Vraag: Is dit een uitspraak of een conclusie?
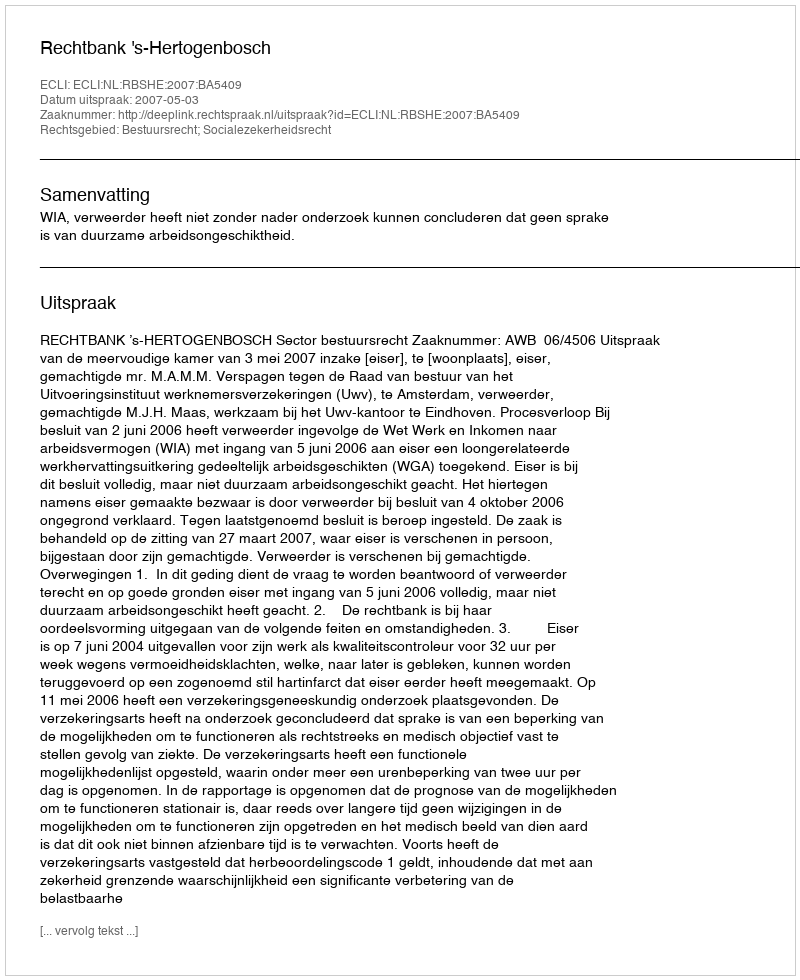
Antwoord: Uitspraak